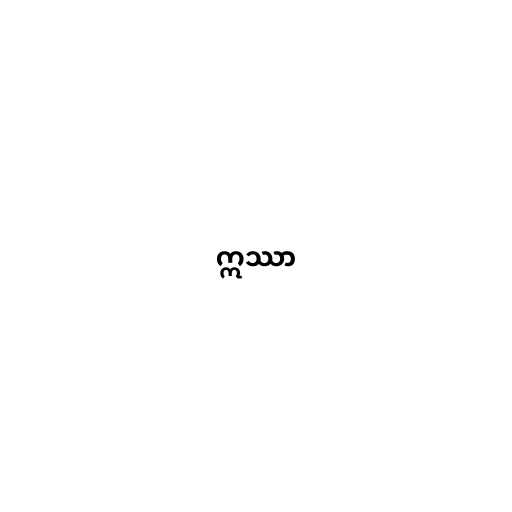
ဣဿာ